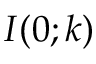
I ( 0 ; k )